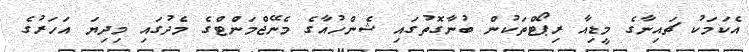
އެކަމަކު ޗައިނާގެ މީޑިއާ ރިޕޯޓްތަކުން ބުނާގޮތުގައި ޝެންހުއާގެ މެނޭޖްމަންޓްގެ މެދުގައި މިދިޔަ އަހަރުގެ